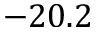
- 2 0 . 2